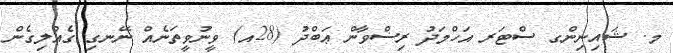
މ. ޝައިނިންގ ސްޓަރ އަހްމަދު ރިޟްވާން ޢަބްދު (28އ) ވީނުވީތަނެއް ނޭނގި ގެއްލިގެން